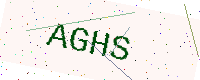
Text: AGHS